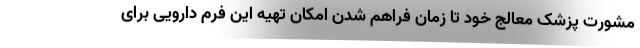
مشورت پزشک معالج خود تا زمان فراهم شدن امکان تهیه این فرم دارویی برای